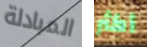
المبادلة أكثر